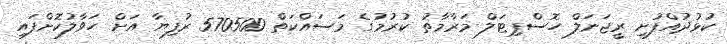
ކުޅުދުއްފުށީ ރީޖަނަލް ހޮސްޕިޓަލް މަރާމާތު ކުރުމުގެ މަސައްކަތް 570500 ރުފިޔާ އަށް ހަވާލުކޮށްފައި